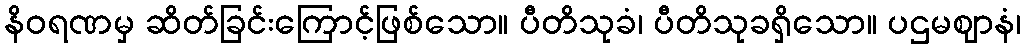
နိဝရဏမှ ဆိတ်ခြင်းကြောင့်ဖြစ်သော။ ပီတိသုခံ၊ ပီတိသုခရှိသော။ ပဌမဈာနံ၊